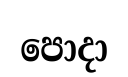
පොදා